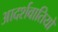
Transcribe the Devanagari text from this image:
आदर्शवातियों